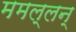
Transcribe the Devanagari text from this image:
ममल्लन्